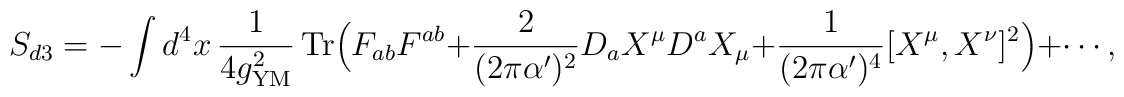
S_{d3}=-\int d^4 x \, {1\over 4g^2_{{\rm YM}}}\, {\rm Tr}\Bigl(F_{ab}F^{ab} + {2\over (2\pi\alpha')^2}D_a X^{\mu}D^a X_{\mu}+ {1\over (2\pi\alpha')^4}[X^{\mu}, X^{\nu}]^2 \Bigr) + \cdots,